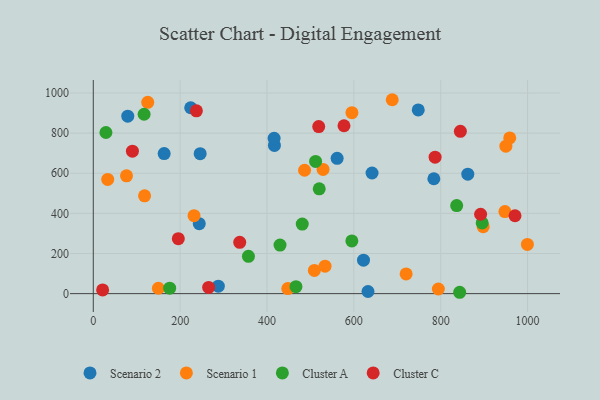
{"axis": {"x": "Engine Size", "y": "Rating"}, "legend": ["Cluster A", "Cluster C", "Scenario 1", "Scenario 2"], "data": [{"x": "79.4", "y": 884.6, "type": "Scenario 2"}, {"x": "561.5", "y": 674.4, "type": "Scenario 2"}, {"x": "417.1", "y": 738.7, "type": "Scenario 2"}, {"x": "244.0", "y": 348.9, "type": "Scenario 2"}, {"x": "622.2", "y": 166.9, "type": "Scenario 2"}, {"x": "416.4", "y": 773.9, "type": "Scenario 2"}, {"x": "748.3", "y": 915.6, "type": "Scenario 2"}, {"x": "632.6", "y": 10.7, "type": "Scenario 2"}, {"x": "784.2", "y": 572.5, "type": "Scenario 2"}, {"x": "224.3", "y": 926.3, "type": "Scenario 2"}, {"x": "641.9", "y": 601.2, "type": "Scenario 2"}, {"x": "246.1", "y": 697.4, "type": "Scenario 2"}, {"x": "287.9", "y": 37.4, "type": "Scenario 2"}, {"x": "163.2", "y": 697.9, "type": "Scenario 2"}, {"x": "862.4", "y": 595.5, "type": "Scenario 2"}, {"x": "447.9", "y": 25.0, "type": "Scenario 1"}, {"x": "125.4", "y": 953.5, "type": "Scenario 1"}, {"x": "486.5", "y": 615.0, "type": "Scenario 1"}, {"x": "149.9", "y": 26.8, "type": "Scenario 1"}, {"x": "118.1", "y": 487.3, "type": "Scenario 1"}, {"x": "595.6", "y": 901.9, "type": "Scenario 1"}, {"x": "533.7", "y": 137.0, "type": "Scenario 1"}, {"x": "720.4", "y": 98.4, "type": "Scenario 1"}, {"x": "950.1", "y": 734.7, "type": "Scenario 1"}, {"x": "529.1", "y": 619.0, "type": "Scenario 1"}, {"x": "509.1", "y": 115.6, "type": "Scenario 1"}, {"x": "999.6", "y": 245.4, "type": "Scenario 1"}, {"x": "897.8", "y": 333.6, "type": "Scenario 1"}, {"x": "76.5", "y": 587.3, "type": "Scenario 1"}, {"x": "959.0", "y": 776.1, "type": "Scenario 1"}, {"x": "794.6", "y": 23.1, "type": "Scenario 1"}, {"x": "232.0", "y": 388.7, "type": "Scenario 1"}, {"x": "33.2", "y": 569.3, "type": "Scenario 1"}, {"x": "688.4", "y": 966.4, "type": "Scenario 1"}, {"x": "947.9", "y": 409.2, "type": "Scenario 1"}, {"x": "595.4", "y": 262.6, "type": "Cluster A"}, {"x": "895.5", "y": 352.2, "type": "Cluster A"}, {"x": "430.0", "y": 242.1, "type": "Cluster A"}, {"x": "843.7", "y": 6.8, "type": "Cluster A"}, {"x": "836.8", "y": 438.9, "type": "Cluster A"}, {"x": "466.7", "y": 34.8, "type": "Cluster A"}, {"x": "520.3", "y": 522.4, "type": "Cluster A"}, {"x": "357.3", "y": 186.2, "type": "Cluster A"}, {"x": "481.2", "y": 346.6, "type": "Cluster A"}, {"x": "175.9", "y": 27.2, "type": "Cluster A"}, {"x": "511.9", "y": 658.9, "type": "Cluster A"}, {"x": "29.1", "y": 803.0, "type": "Cluster A"}, {"x": "117.0", "y": 894.0, "type": "Cluster A"}, {"x": "845.3", "y": 809.0, "type": "Cluster C"}, {"x": "265.6", "y": 31.1, "type": "Cluster C"}, {"x": "971.1", "y": 388.1, "type": "Cluster C"}, {"x": "519.1", "y": 832.8, "type": "Cluster C"}, {"x": "90.1", "y": 709.9, "type": "Cluster C"}, {"x": "337.2", "y": 255.5, "type": "Cluster C"}, {"x": "21.5", "y": 18.3, "type": "Cluster C"}, {"x": "891.9", "y": 395.7, "type": "Cluster C"}, {"x": "787.1", "y": 680.3, "type": "Cluster C"}, {"x": "577.3", "y": 836.7, "type": "Cluster C"}, {"x": "237.4", "y": 911.3, "type": "Cluster C"}, {"x": "195.8", "y": 274.0, "type": "Cluster C"}]}